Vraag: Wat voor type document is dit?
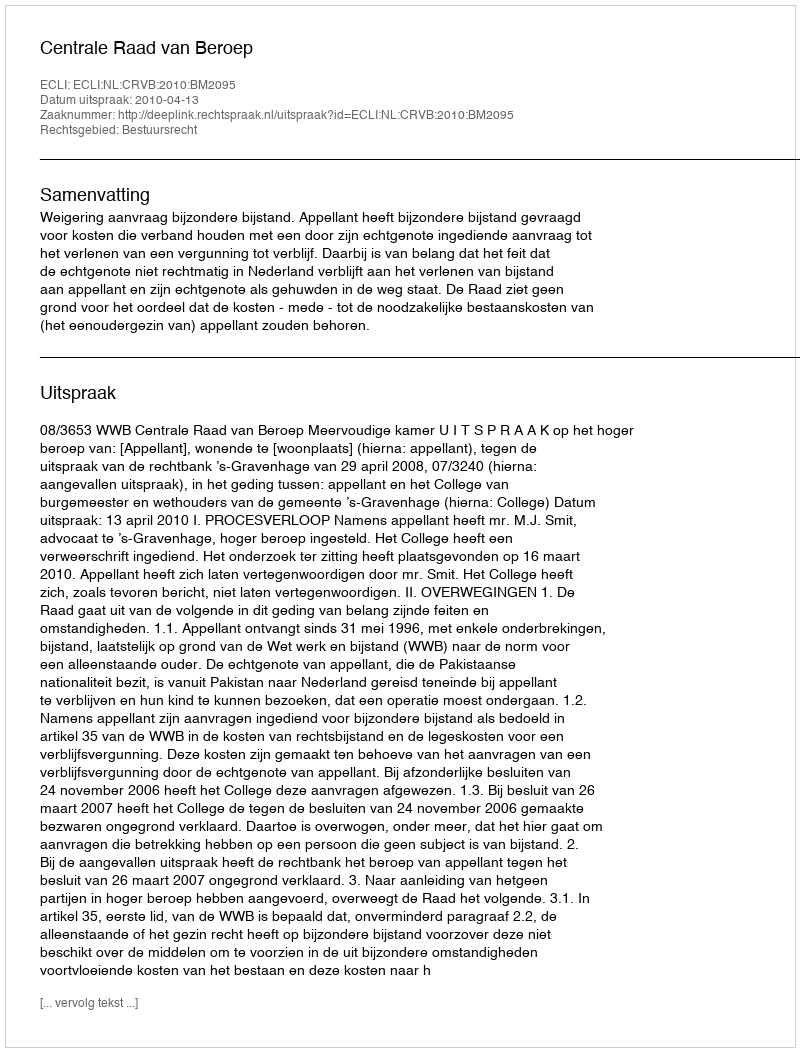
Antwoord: Uitspraak